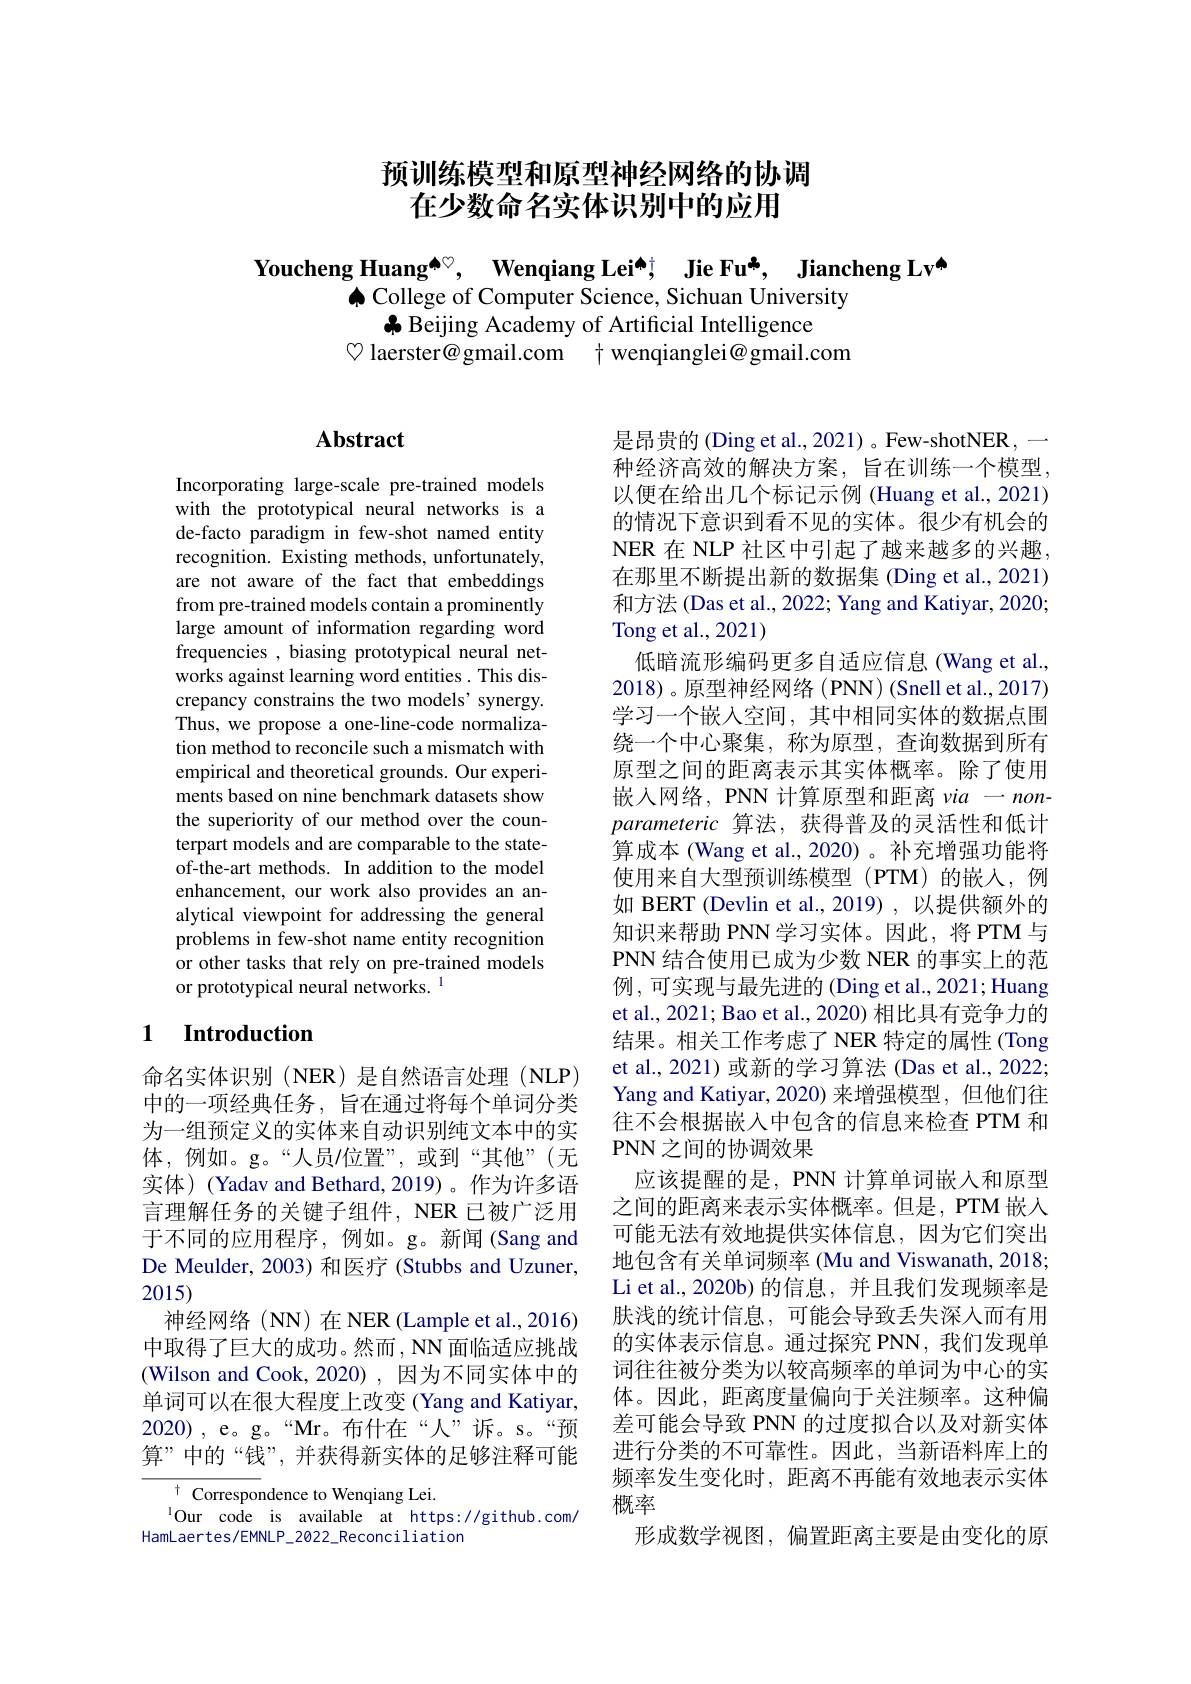
## 预训练模型和原型神经网络的协调在少数命名实体识别中的应用

Youcheng Huang$^{\spadesuit \heartsuit }$, Wenqiang Lei$^{\spadesuit \dagger }$, Jie Fu*, Jiancheng Lv$^{\spadesuit}$
$\spadesuit$ College of Computer Science, Sichuan University
$\clubsuit$ Beijing Academy of Artificial Intelligence
♡ laerster@gmail.com $\dagger$ wenqianglei@gmail.com

# Abstract

Incorporating large-scale pre-trained models with the prototypical neural networks is a de-facto paradigm in few-shot named entity recognition. Existing methods, unfortunately, are not aware of the fact that embeddings from pre-trained models contain a prominently large amount of information regarding word frequencies , biasing prototypical neural networks against learning word entities. This discrepancy constrains the two models' synergy. Thus, we propose a one-line-code normalization method to reconcile such a mismatch with empirical and theoretical grounds. Our experiments based on nine benchmark datasets show the superiority of our method over the counterpart models and are comparable to the stateof-the-art methods. In addition to the model enhancement, our work also provides an analytical viewpoint for addressing the general problems in few-shot name entity recognition or other tasks that rely on pre-trained models or prototypical neural networks.

### 1 $\textbf{Introduction}$

命名实体识别(NER)是自然语言处理(NLP) 中的一项经典任务，旨在通过将每个单词分类为一组预定义的实体来自动识别纯文本中的实体，例如。g。“人员/位置”,或到“其他”(无实体)(Yadav and Bethard, 2019)。作为许多语言理解任务的关键子组件，NER 已被广泛用于不同的应用程序，例如。g。新闻(Sang and De Meulder, 2003) 和医疗 (Stubbs and Uzuner, 2015)
神经网络(NN)在 NER(Lample et al.,2016) 中取得了巨大的成功。然而，NN 面临适应挑战(Wilson and Cook,2020),因为不同实体中的单词可以在很大程度上改变 (Yang and Katiyar, 2020),e。g。“Mr。布什在“人”诉。s。“预算”中的“钱”,并获得新实体的足够注释可能
${\overline{{^{\dagger}\text{Correspondence to Wenqiang Lei.}}}}$

$^{1}\dot{\text{Our code is available at https://github.com/}}$
HamLaertes/EMNLP_2022_Reconciliation

是昂贵的 (Ding et al., 2021) 。Few-shotNER ,— 种经济高效的解决方案，旨在训练一个模型， 以便在给出几个标记示例 (Huang et al., 2021) 的情况下意识到看不见的实体。很少有机会的NER 在 NLP 社区中引起了越来越多的兴趣， 在那里不断提出新的数据集 (Ding et al., 2021) 和方法 (Das et al., 2022; Yang and Katiyar, 2020; Tong et al., 2021)
低暗流形编码更多自适应信息(Wang et al., 2018)。原型神经网络 (PNN) (Snell et al., 2017) 学习一个嵌入空间，其中相同实体的数据点围绕一个中心聚集，称为原型，查询数据到所有原型之间的距离表示其实体概率。除了使用嵌入网络，PNN 计算原型和距离$via-non-$ parameteric 算法，获得普及的灵活性和低计算成本 (Wang et al.,2020)。补充增强功能将使用来自大型预训练模型(PTM)的嵌人，例如 BERT (Devlin et al., 2019) , 以提供额外的知识来帮助 PNN学习实体。因此，将 PTM 与PNN 结合使用已成为少数 NER 的事实上的范例，可实现与最先进的 (Ding et al., 2021; Huang et al., 2021; Bao et al., 2020) 相比具有竞争力的结果。相关工作考虑了 NER 特定的属性 (Tong et al., 2021) 或新的学习算法 (Das et al., 2022; Yang and Katiyar,2020) 来增强模型，但他们往往不会根据嵌入中包含的信息来检查 PTM 和PNN之间的协调效果
应该提醒的是，PNN 计算单词嵌人和原型之间的距离来表示实体概率。但是，PTM 嵌入可能无法有效地提供实体信息，因为它们突出地包含有关单词频率 (Mu and Viswanath, 2018; Li et al., 2020b) 的信息，并且我们发现频率是肤浅的统计信息，可能会导致丢失深入而有用的实体表示信息。通过探究 PNN,我们发现单词往往被分类为以较高频率的单词为中心的实体。因此，距离度量偏向于关注频率。这种偏差可能会导致 PNN 的过度拟合以及对新实体进行分类的不可靠性。因此，当新语料库上的频率发生变化时，距离不再能有效地表示实体概率
形成数学视图，偏置距离主要是由变化的原